Election expenses, 1911, 1911
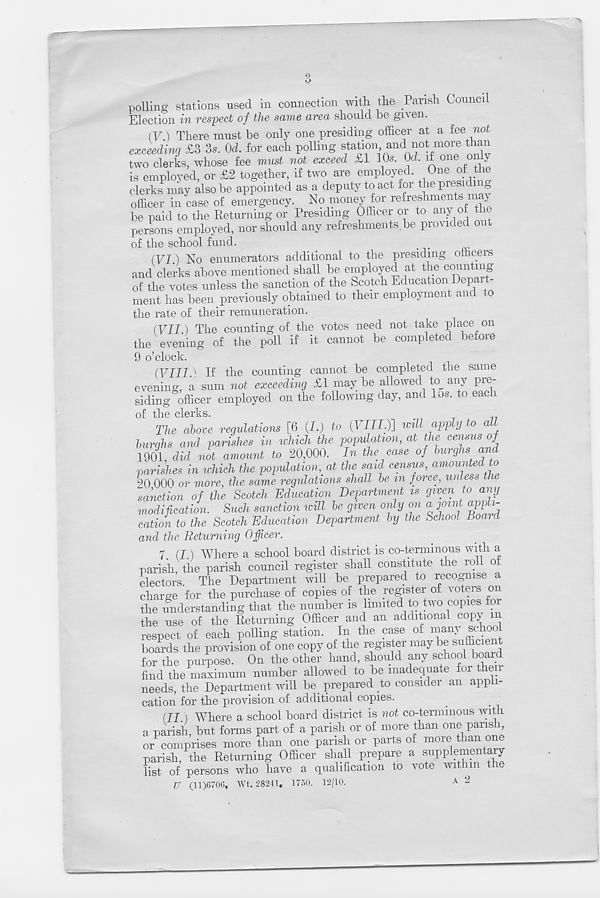
polling stations used in connection with the Parish Council
Election in respect of the same area should be given.
(V.) There must be only one presiding officer at a fee not
exceeding £3 3s. Od. for each polling station and not more than
two clerks, whose fee must not exceed £1 10s. Od. if one only
is employed, or £2 together, if two are employed. One of the
clerks may also be appointed as a deputy to act for thepiesidn g
officer in case of emergency. No money for refreshments may
be paid to the Returning or Presiding Officer or to any of the
persons employed, nor should any refreshments be provided out
of the school fund.
(VI.) No enumerators additional to the presiding officers
and clerks above mentioned shall be employed at the counting
of the votes unless the sanction of the Scotch Education Depart-
ment has been previously obtained to their employment and to
the rate of their remuneration.
(VII) The counting of the votes need not take place on
the evening of the poll if it cannot be completed before
9 o’clock.
(VIII.) If the counting cannot be completed the same
evening, a sum not exceeding £1 may be allowed to any pre-
siding officer employed on the following day, and los. to each
of the clerks.
The above regulations [6 (I.) to (VIII.)] will apply to all
burghs and parishes in which the population, at the census of
1901, did not amount to 20,000. In the ease of burghs and
parishes in which the population, at the sad census, amounted to
20 000 or more, the same regulations shall he in force, unless the
sanction of the Scotch Education Department ts given to any
modification. Such sanction will he given only on a joint appli-
cation to the Scotch Education Department by the School Bomd
and the (Returning Officer.
7 (I) Where a school board district is co-termmous with a
parish, the parish council register shall constitute the roil of
electors The Department will he prepared to recognise a
charge for the purchase of copies of the register of voters on
the understanding that the number is limited to two copies for
the use of the Returning Officer and an additional copy m
respect of each polling station. In the case of many school
hoards the provision of one copy of the register maybe sufficient
for the purpose. On the other hand, should any school boaid
find the maximum number allowed to he inadequate for then
needs, the Department will he prepared to consider an appli-
cation for the provision of additional copies.
(II.) Where a school hoard district is not co-termmous with
a parish, hut forms part of a parish or of more than one parish
or comprises more than one parish or parts of more than on
parish, the Returning Officer shall prepare a supplementary
list of persons who have a qualification to vote within t
U (11)6700, Wt. 28211. 1750. 12/10.
A 2